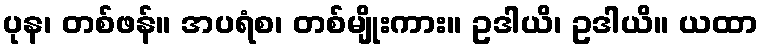
ပုန၊ တစ်ဖန်။ အပရံစ၊ တစ်မျိုးကား။ ဥဒါယိ၊ ဥဒါယိ။ ယထာ